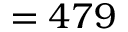
= 4 7 9